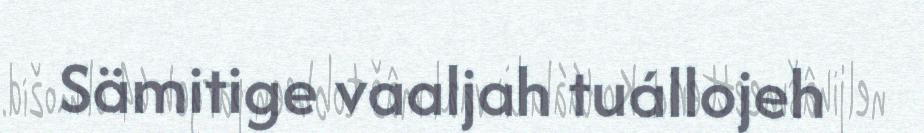
Sämitige vaaljah tuállojeh